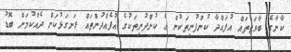
ކާނާގެ ބާވަތްތައް އުފައްދާ ކުންފުނިތަކުން އެ ކުންފުނިތަކުގެ އުފެއްދުންތައް ރަނގަޅުކަން ދެއްކުމަށް ބޮޑު